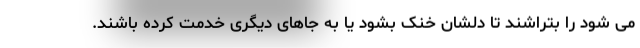
می شود را بتراشند تا دلشان خنک بشود یا به جاهای دیگری خدمت کرده باشند.